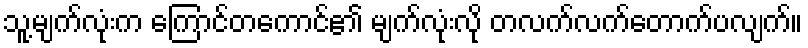
သူ့မျက်လုံးက ကြောင်တကောင်၏ မျက်လုံးလို တလက်လက်တောက်ပလျက်။